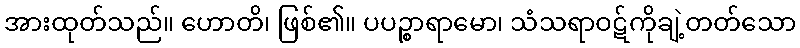
အားထုတ်သည်။ ဟောတိ၊ ဖြစ်၏။ ပပဉ္စာရာမော၊ သံသရာဝဋ်ကိုချဲ့တတ်သော